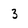
Character: 3